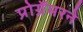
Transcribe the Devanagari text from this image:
प्रोग्रॅमरने